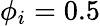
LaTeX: \phi_{i}=0.5